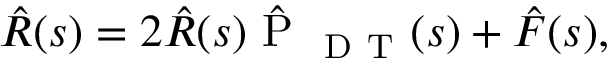
\hat { R } ( s ) = 2 \hat { R } ( s ) \hat { \mathrm { ~ P ~ } } _ { \mathrm { ~ D ~ T ~ } } ( s ) + \hat { F } ( s ) ,